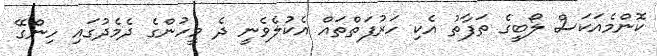
ކޮންމެއަކަސް ލޯބީގެ ތަފާތު އެކި ހަރުފަތްތައް އެކުލެވެނީ ދެ މީހުންގެ ދެމެދުގައި ހިންގޭ